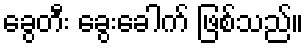
ခွေတီး ခွေးခေါက် ဖြစ်သည်။